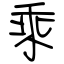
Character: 乘